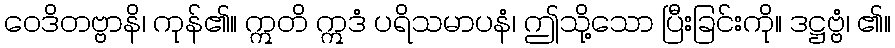
ဝေဒိတဗ္ဗာနိ၊ ကုန်၏။ ဣတိ ဣဒံ ပရိသမာပနံ၊ ဤသို့သော ပြီးခြင်းကို။ ဒဋ္ဌဗ္ဗံ၊ ၏။